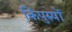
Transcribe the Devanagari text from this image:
किंपुरुषों